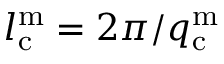
l _ { \mathrm { c } } ^ { \mathrm { m } } = 2 \pi / q _ { \mathrm { c } } ^ { \mathrm { m } }